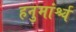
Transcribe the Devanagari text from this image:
हनुमांर्श्च